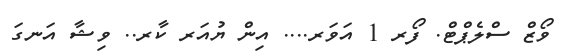
ވޯޒް ސްލެޕްޓް. ފޯރ 1 އަވަރ.... އިން ޔުއަރ ކާރ.. ވިޝާ އަނގަ